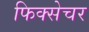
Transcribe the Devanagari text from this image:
फिक्सेचर